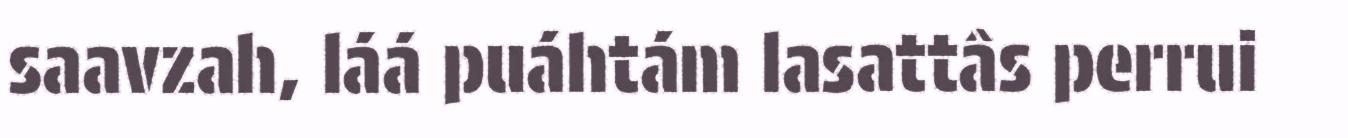
saavzah, láá puáhtám lasattâs perrui